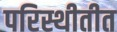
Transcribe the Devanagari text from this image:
परिस्थीतीत